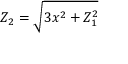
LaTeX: Z _ { 2 } = { \sqrt { 3 x ^ { 2 } + Z _ { 1 } ^ { 2 } } }